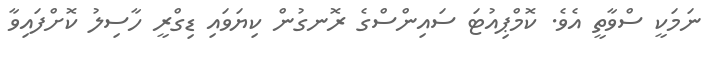
ނަމަކީ ސްވާތީ އެވެ. ކޮމްޕިއުޓަ ސައިންސްގެ ރޮނގުން ކިޔަވައި ޑިގްރީ ހާސިލު ކޮށްފައިވާ